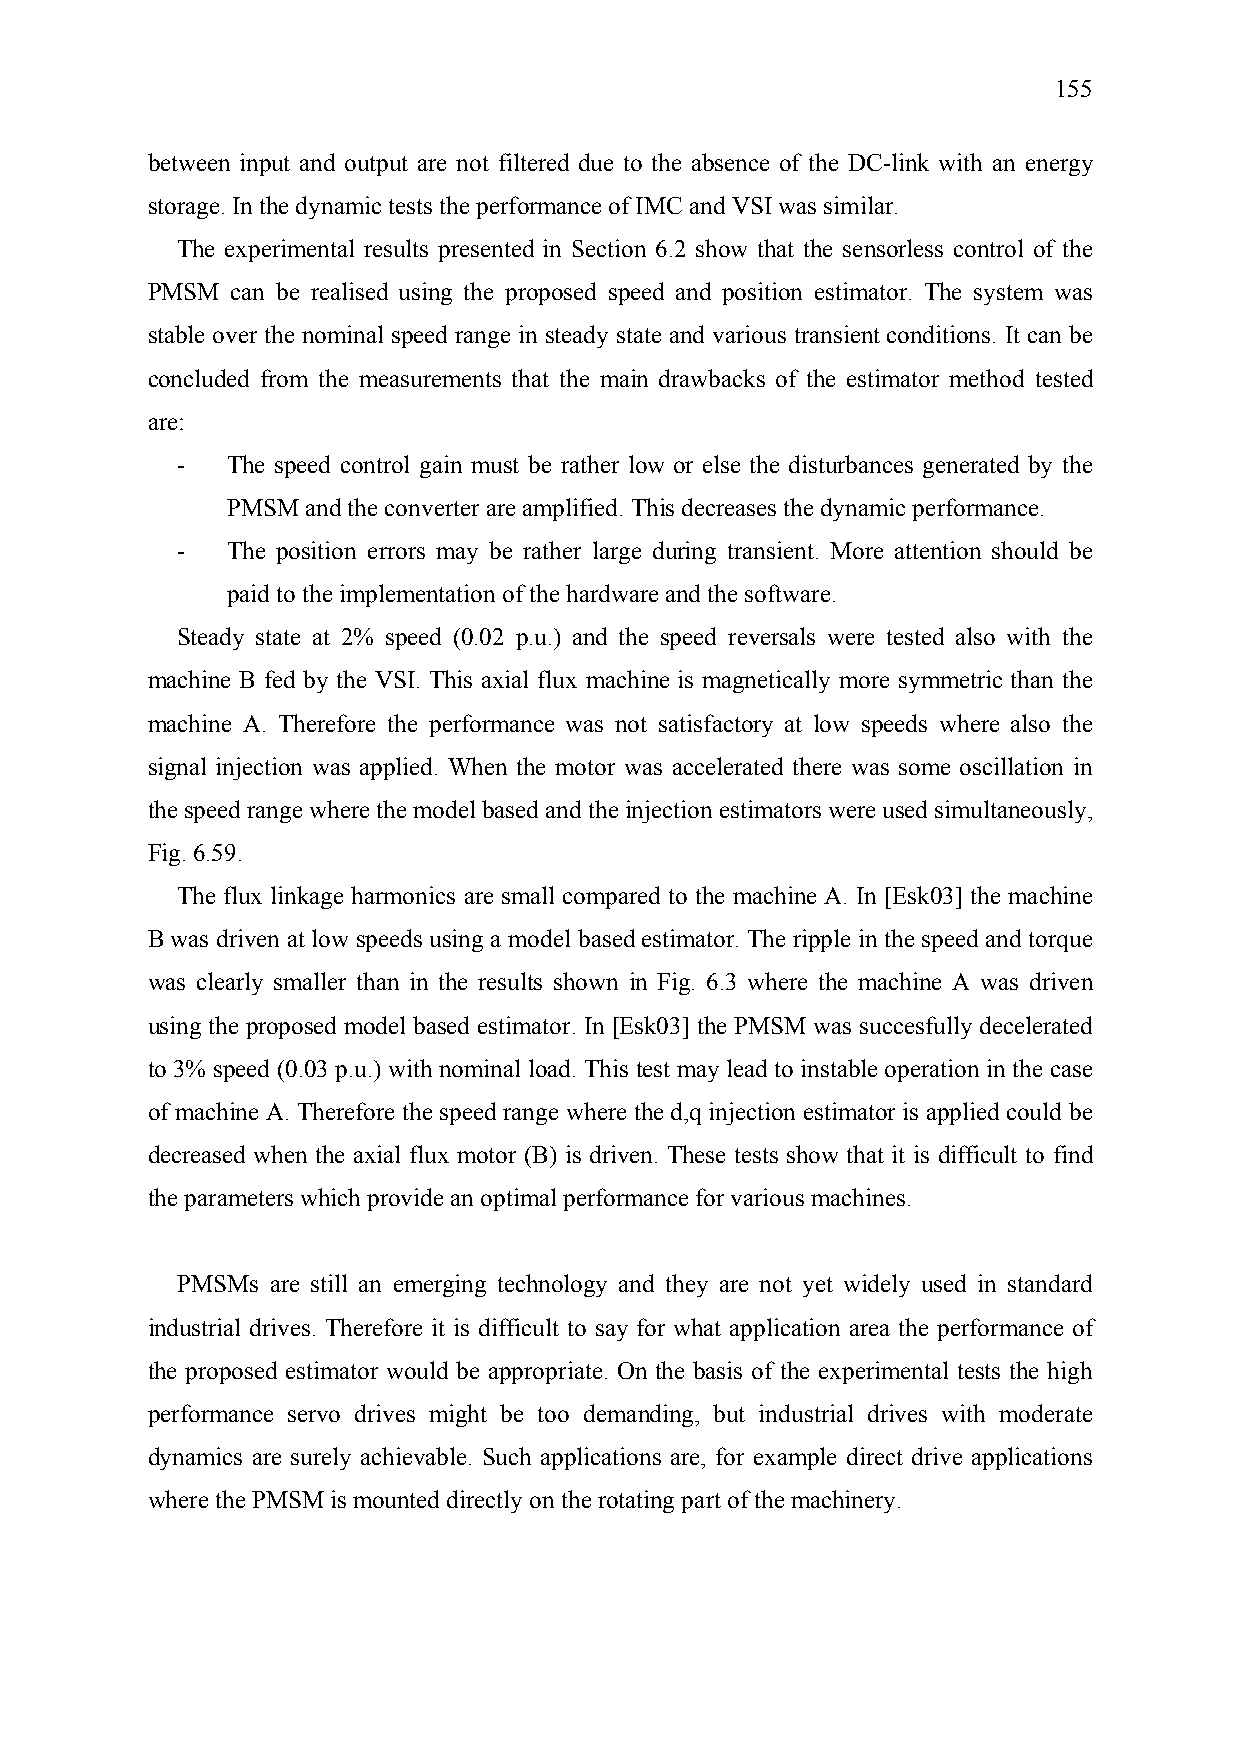
155
 between input and output are not filtered due to the absence of the DC-link with an energy
 storage. In the dynamic tests the performance of IMC and VSI was similar.
 The experimental results presented in Section 6.2 show that the sensorless control of the
 PMSM can be realised using the proposed speed and position estimator. The system was
 stable over the nominal speed range in steady state and various transient conditions. It can be
 concluded from the measurements that the main drawbacks of the estimator method tested
 are:
 -  The speed control gain must be rather low or else the disturbances generated by the
 PMSM and the converter are amplified. This decreases the dynamic performance.
 -  The position errors may be rather large during transient. More attention should be
 paid to the implementation of the hardware and the software.
 Steady state at 2% speed (0.02 p.u.) and the speed reversals were tested also with the
 machine B fed by the VSI. This axial flux machine is magnetically more symmetric than the
 machine A. Therefore the performance was not satisfactory at low speeds where also the
 signal injection was applied. When the motor was accelerated there was some oscillation in
 the speed range where the model based and the injection estimators were used simultaneously,
 Fig. 6.59.
 The flux linkage harmonics are small compared to the machine A. In [Esk03] the machine
 B was driven at low speeds using a model based estimator. The ripple in the speed and torque
 was clearly smaller than in the results shown in Fig. 6.3 where the machine A was driven
 using the proposed model based estimator. In [Esk03] the PMSM was succesfully decelerated
 to 3% speed (0.03 p.u.) with nominal load. This test may lead to instable operation in the case
 of machine A. Therefore the speed range where the d,q injection estimator is applied could be
 decreased when the axial flux motor (B) is driven. These tests show that it is difficult to find
 the parameters which provide an optimal performance for various machines.
 PMSMs are still an emerging technology and they are not yet widely used in standard
 industrial drives. Therefore it is difficult to say for what application area the performance of
 the proposed estimator would be appropriate. On the basis of the experimental tests the high
 performance servo drives might be too demanding, but industrial drives with moderate
 dynamics are surely achievable. Such applications are, for example direct drive applications
 where the PMSM is mounted directly on the rotating part of the machinery.